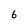
Character: 6